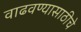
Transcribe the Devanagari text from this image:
वाढवण्यासाठीचे